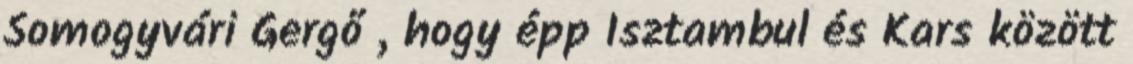
Somogyvári Gergő , hogy épp Isztambul és Kars között